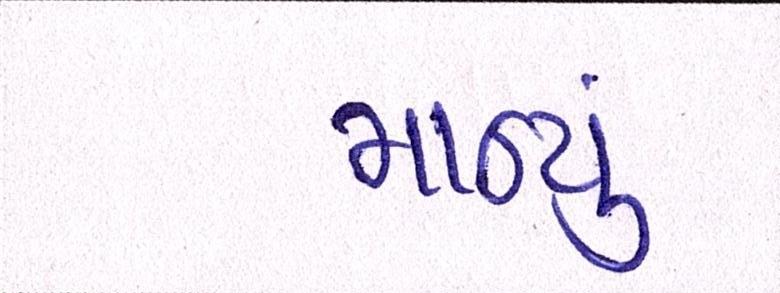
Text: માન્યું